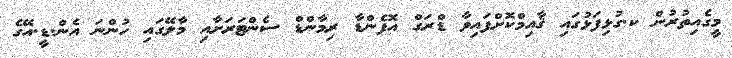
މީގެއިތުރުން ކ.ގުޅިފަޅުގައި ޤާއިމްކޮށްފައިވާ ޑްރަގް އޮފެންޑާ ރިމާންޑް ސެންޓަރަށާއި މާލޭގައި ހުންނަ އެން.ޑީ.އޭގެ